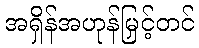
အရှိန်အဟုန်မြှင့်တင်